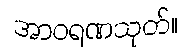
အာဝရဏသုတ်။